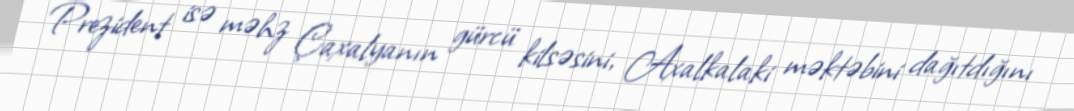
Prezident isə məhz Çaxalyanın gürcü kilsəsini, Axalkalaki məktəbini dağıtdığını